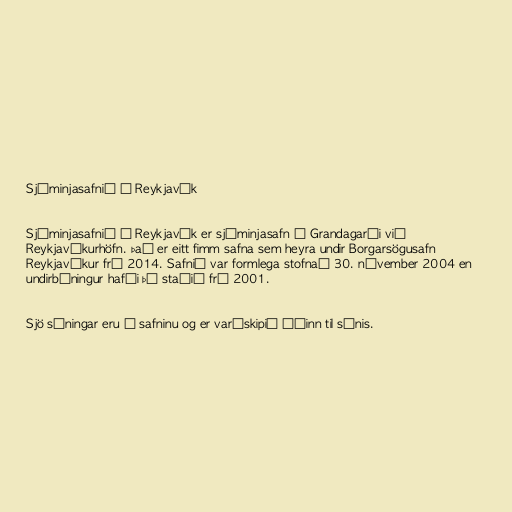
Sjóminjasafnið í Reykjavík

Sjóminjasafnið í Reykjavík er sjóminjasafn á Grandagarði við
Reykjavíkurhöfn. Það er eitt fimm safna sem heyra undir Borgarsögusafn
Reykjavíkur frá 2014. Safnið var formlega stofnað 30. nóvember 2004 en
undirbúningur hafði þá staðið frá 2001.

Sjö sýningar eru á safninu og er varðskipið Óðinn til sýnis.